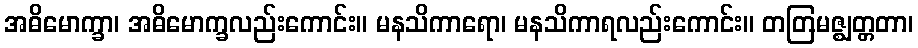
အဓိမောက္ခာ၊ အဓိမောက္ခလည်းကောင်း။ မနသိကာရော၊ မနသိကာရလည်းကောင်း။ တတြမဇ္ဈတ္တတာ၊